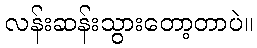
လန်းဆန်းသွားတော့တာပဲ။